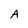
Character: A